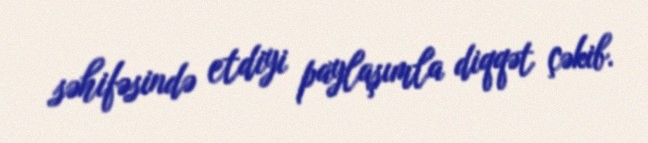
səhifəsində etdiyi paylaşımla diqqət çəkib.